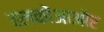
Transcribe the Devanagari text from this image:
हलकोंआओर